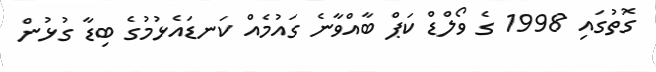
ގޮތުގައި 1998 ގެ ވޯލްޑް ކަޕް ބާއްވާނެ ގައުމެއް ކަނޑައެޅުމުގެ ބިޑާ ގުޅުން